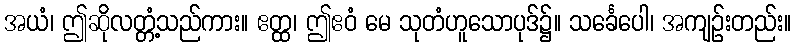
အယံ၊ ဤဆိုလတ္တံ့သည်ကား။ ဧတ္ထ၊ ဤဧဝံ မေ သုတံဟူသောပုဒ်၌။ သင်္ခေပေါ၊ အကျဉ်းတည်း။